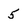
Character: 5